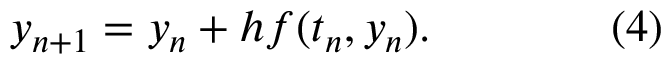
y _ { n + 1 } = y _ { n } + h f ( t _ { n } , y _ { n } ) . \qquad \qquad ( 4 )